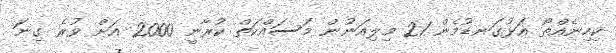
ކިހިނެއްތޯ އަޅުގަނޑުމެން 21 މިލިއަނުން މަސައްކަތް ކުރާނީ 2000 އަށް ވުރެ ގިނަ